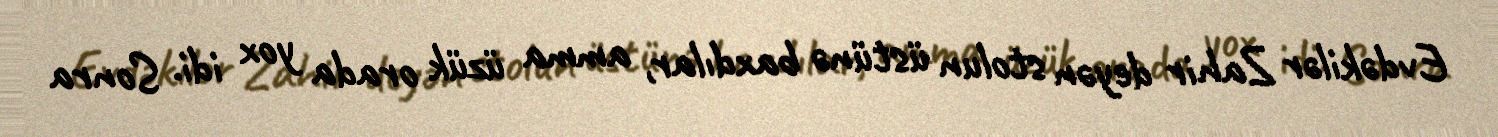
Evdəkilər Zahir deyən stolun üstünə baxdılar, amma üzük orada yox idi. Sonra